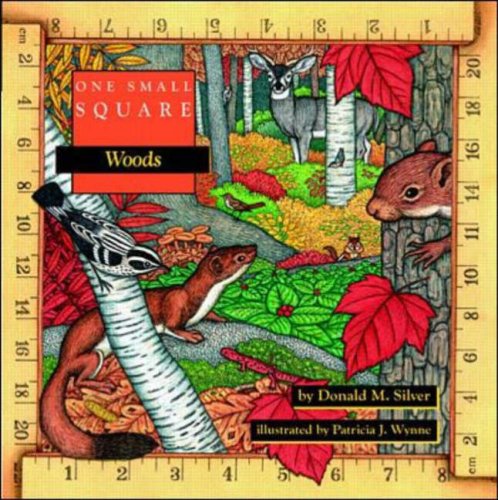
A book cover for One Small Square: Woods; Donald Silver; Children's Books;